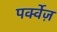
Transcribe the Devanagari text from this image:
पर्क्वेज़